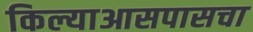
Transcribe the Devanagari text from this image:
किल्याआसपासचा